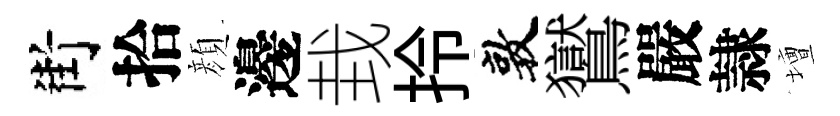
街拾顔邊㘽拎敦鸑嚴隷壇